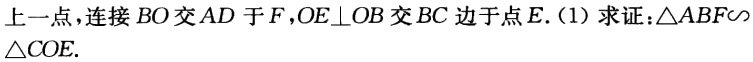
上一点，连接 \(BO\) 交 \(AD\) 于 \(F\)，\(OE\perp OB\) 交 \(BC\) 边于点 \(E\).（1）求证：\(\triangle ABF\sim\triangle COE\).